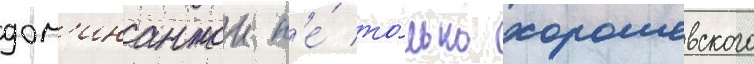
дом'инантои н'е́ то́лько хорошевского